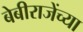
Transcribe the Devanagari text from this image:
बेबीराजेंच्या